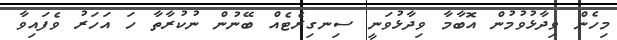
މިހެން ވިދާޅުވުމުން އޮބާމާ ވިދާޅުވަނީ ސިނގިރެޓެއް ބޭނުން ނުކުރާތާ ހަ އަހަރު ވެފައިވާ